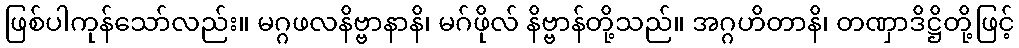
ဖြစ်ပါကုန်သော်လည်း။ မဂ္ဂဖလနိဗ္ဗာနာနိ၊ မဂ်ဖိုလ် နိဗ္ဗာန်တို့သည်။ အဂ္ဂဟိတာနိ၊ တဏှာဒိဋ္ဌိတို့ဖြင့်